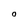
Character: 0